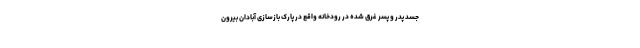
جسد پدر و پسر غرق شده در رودخانه واقع در پارک بازسازی آبادان بیرون